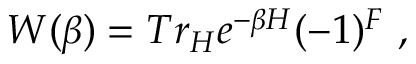
W ( \beta ) = T r _ { \cal H } e ^ { - \beta H } ( - 1 ) ^ { F } \ ,